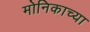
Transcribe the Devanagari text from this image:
मोनिकाच्या